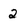
Character: 2